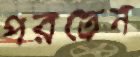
পরতেন